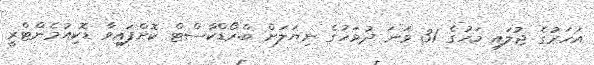
އަހަރުގެ ޖުލައި މަހުގެ 31 ވަނަ ދުވަހުގެ ނިޔަލަށް ބްރޯޑްކާސްޓް ކޮށްފައިވާ ޑޮކިއުމެންޓްރީ